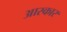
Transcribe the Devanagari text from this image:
आस्कार